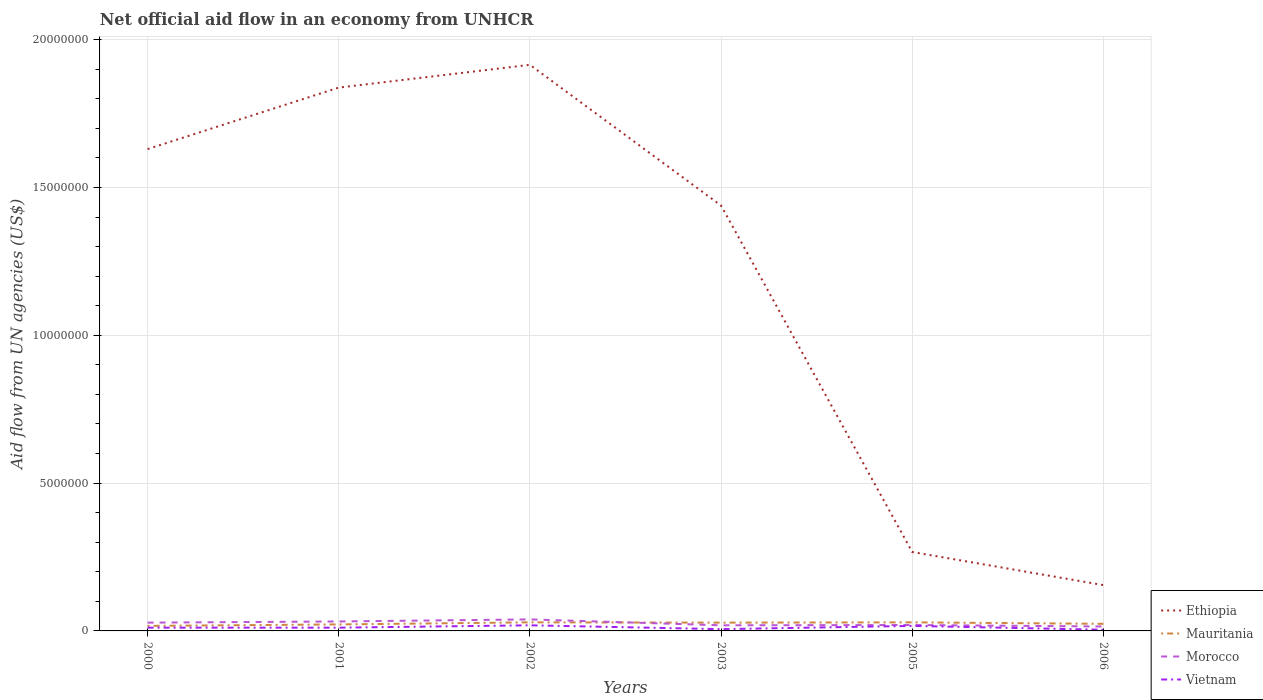
| Years | Ethiopia | Mauritania | Morocco | Vietnam |
 | --- | --- | --- | --- | --- |
 | 2000 | 1.63e+07 | 1.7e+05 | 2.8e+05 | 1.1e+05 |
 | 2001 | 1.84e+07 | 2.2e+05 | 3.2e+05 | 1.1e+05 |
 | 2002 | 1.92e+07 | 2.9e+05 | 3.9e+05 | 1.9e+05 |
 | 2003 | 1.44e+07 | 2.8e+05 | 1.9e+05 | 6e+04 |
 | 2005 | 2.67e+06 | 2.9e+05 | 2e+05 | 1.7e+05 |
 | 2006 | 1.55e+06 | 2.4e+05 | 1.5e+05 | 4e+04 |